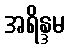
အရိန္ဒမ